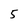
Character: 5